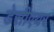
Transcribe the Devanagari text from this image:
डेसीएयर